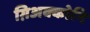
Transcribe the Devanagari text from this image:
ग़िअक्कोनि